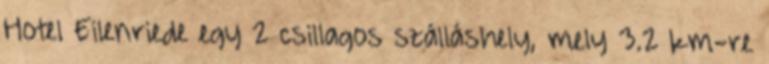
Hotel Eilenriede egy 2 csillagos szálláshely, mely 3.2 km-re